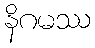
နိဂမဿ